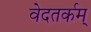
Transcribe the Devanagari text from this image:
वेदतर्कम्